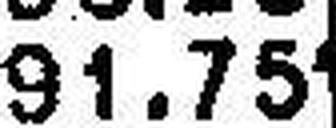
91.751